Medical and sanitary report of the native army of Bengal for the year
Year: 1874
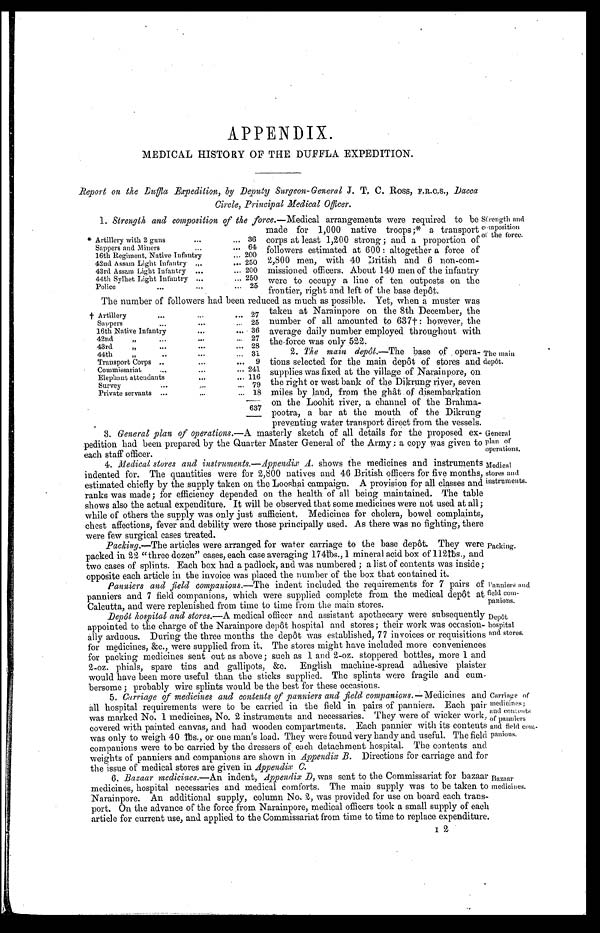
General
plan of
operations.
Medical
stores and
instruments.
Panniers and
field com
-panions.
Depôt
hospital
and stores.
APPENDIX.
MEDICAL HISTORY OF THE DUFFLA EXPEDITION.
Report on the Duffla Expedition, by Deputy Surgeon-General J. T. C. Ross, F.R.C.S. Dacca
Circle, Principal Medical Officer.
1. Strength and composition of the force.—Medical arrangements were required to be
made for 1,000 native troops;* a transport
corps at least 1,200 strong; and a proportion of
followers estimated at 600: altogether a force of
2,800 men, with 40 British and 6 non-com-
missioned officers. About 140 men of the infantry
were to occupy a line of ten outposts on the
frontier, right and left of the base depôt.
The number of followers had been reduced as much as possible. Yet, when a muster was
taken at Narainpore on the 8th December, the
number of all amounted to 637†: however, the
average daily number employed throughout with
the force was only 522.
2. The main depôt.—The base of opera
- t i o n s s e l e c t e d f o r t h e m a i n d e p ô t o f s t o r e s a n d
supplies was fixed at the village of Narainpore, on
the right or west bank of the Dikrung river, seven
miles by land, from the ghât of disembarkation
on the Loohit river, a channel of the Brahma
-pootra, a bar at the mouth of the Dikrung
preventing water transport direct from the vessels.
3.
General plan of operations. —A masterly sketch of all details for the proposed ex
- p e d i t i o n h a d b e e n p r e p a r e d b y t h e Q u a r t e r M a s t e r G e n e r a l o f t h e A r m y : a c o p y w a s g i v e n t o
each staff officer.
4.
Medical stores and instruments.—Appendix A. shows the medicines and instruments
indented for. The quantities were for 2,800 natives and 46 British officers for five months,
estimated chiefly by the supply taken on the Looshai campaign. A provision for all classes and
ranks was made; for efficiency depended on the health of all being maintained. The table
shows also the actual expenditure. It will be observed that some medicines were not used at all;
while of others the supply was only just sufficient. Medicines for cholera, bowel complaints,
chest affections, fever and debility were those principally used. As there was no fighting, there
were few surgical cases treated.
Packing.—The articles were arranged for water carriage to the base depôt. They were
packed in 22 "three dozen" cases, each case averaging 174lbs., 1 mineral acid box of 112lbs., and
two cases of splints. Each box had a padlock, and was numbered; a list of contents was inside;
opposite each article in the invoice was placed the number of the box that contained it.
Panniers and field companions.—The indent included the requirements for 7 pairs of
panniers and 7 field companions, which were supplied complete from the medical depôt
Calcutta, and were replenished from time to time from the main stores.
Depôt hospital and stores. —A medical officer and assistant apothecary were subsequent
ly appointed to the charge of the Narainpore depôt hospital and stores; their work was occasion
- a l l y a r d u o u s . D u r i n g t h e t h r e e m o n t h s t h e d e p ô t w a s e s t a b l i s h e d , 7 7 i n v o i c e s o r r e q u i s i t i o n
for medi ci nes, &c. , were suppl i ed from i t . The st ores mi ght have i ncl uded more conveni ences
for packing medicines sent out as above; such as 1 and 2-oz. stoppered bottles, more 1 an
d 2-oz. phials, spare tins and gallipots, &c. English machine-spread adhesive plaiste
r would have been more useful than the sticks supplied. The splints were fragile and cum
-bersome; probably wire splints would be the best for these occasions.
5.
Carriage of medicines and contents of panniers and field companions.— Medicines and
all hospital requirements were to be carried in the field in pairs of panniers. Each pair
was marked No. 1 medicines, No. 2 instruments and necessaries. They were of wicker work,
covered with painted canvas, and had wooden compartments. Each pannier with its contents
was only to weigh 40 lbs., or one man's load. They were found very handy and useful. The field
companions were to be carried by the dressers of each detachment hospital. The contents and
weights of panniers and companions are shown in Appendix B. Directions for carriage and for
the issue of medical stores are given in Appendix C.
6.
Bazaar medicines.—An indent, Appendix D, was sent to the Commissariat for bazaar
medicines, hospital necessaries and medical comforts. The main supply was to be taken to
Narainpore. An additional supply, column No, 2, was provided for use on board each tra
n s - p o r t . O n t h e a d v a n c e o f t h e f o r c e f r o m N a r a i n p o r e , m e d i c a l o f f i c e r s t o o k a s m a l l s u p p l y o f e a c h
article for current use, and applied to the Commissariat from time to time to replace expenditure
* Artillery with 2 guns
36
Sappers and Miners
64
16th Regiment, Native Infantry
200
42nd Assam Light Infantry
250
43rd Assam Light Infantry
200
44th Sylhet Light Infantry
250
Police
25
† Artillery
27
Sappers
25
16th Native Infantry
3 6
4 2 n d "
27
43rd " 28
44th " 31
Transport Corps
9
Commissariat
241
Elephant attendants
116
Survey
79
Private servants
18
637
Strength and
compositi
on of the force.
The main
depôt.
Packing.
Carriage of
medicines;
and contents
of panniers
and field com
-panions.
Bazaar
medicines.